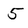
Character: 5